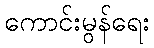
ကောင်းမွန်ရေး